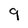
Character: 9